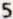
5